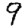
Digit: 9